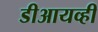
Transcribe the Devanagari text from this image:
डीआयव्ही